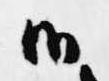
候